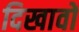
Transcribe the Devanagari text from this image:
दिखावों